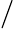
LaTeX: /